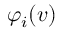
\varphi _ { i } ( v )